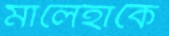
মালেহাকে